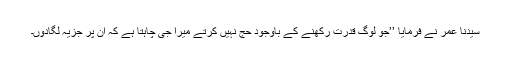
سیدنا عمرؓ نے فرمایا ’’جو لوگ قدرت رکھنے کے باوجود حج نہیں کرتے میرا جی چاہتا ہے کہ اُن پر جزیہ لگادوں۔